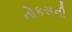
નોકસની